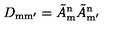
D _ { \mathrm { m m ^ { \prime } } } = \tilde { A } _ { \mathrm { m } } ^ { \mathrm { n } } \tilde { A } _ { \mathrm { m ^ { \prime } } } ^ { \mathrm { n } }